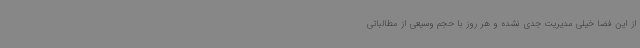
از این فضا خیلی مدیریت جدی نشده و هر روز با حجم وسیعی از مطالباتی